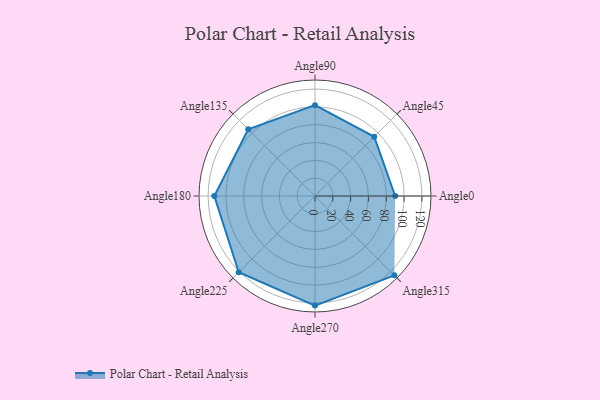
{"axis": {"x": "Angle", "y": "Radius"}, "legend": [""], "data": [{"x": "Angle0", "y": 90.0, "type": ""}, {"x": "Angle45", "y": 94.0, "type": ""}, {"x": "Angle90", "y": 102.0, "type": ""}, {"x": "Angle135", "y": 106.0, "type": ""}, {"x": "Angle180", "y": 113.0, "type": ""}, {"x": "Angle225", "y": 121.0, "type": ""}, {"x": "Angle270", "y": 123.0, "type": ""}, {"x": "Angle315", "y": 126.0, "type": ""}]}